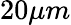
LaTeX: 20\mu m